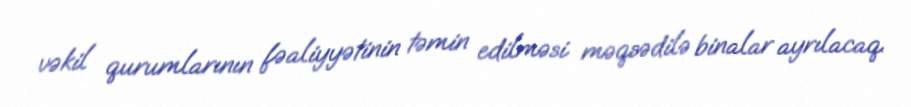
vəkil qurumlarının fəaliyyətinin təmin edilməsi məqsədilə binalar ayrılacaq.